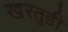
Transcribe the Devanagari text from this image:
खरतुडी